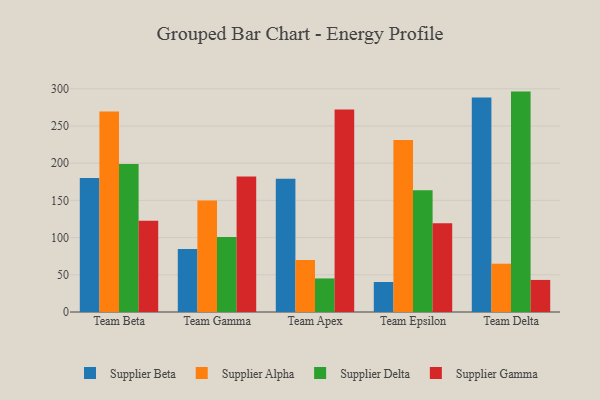
{"axis": {"x": "Team", "y": "Energy Usage (MWh)"}, "legend": ["Supplier Alpha", "Supplier Beta", "Supplier Delta", "Supplier Gamma"], "data": [{"x": "Team Beta", "y": 180.0, "type": "Supplier Beta"}, {"x": "Team Beta", "y": 269.6, "type": "Supplier Alpha"}, {"x": "Team Beta", "y": 198.9, "type": "Supplier Delta"}, {"x": "Team Beta", "y": 122.8, "type": "Supplier Gamma"}, {"x": "Team Gamma", "y": 84.7, "type": "Supplier Beta"}, {"x": "Team Gamma", "y": 150.0, "type": "Supplier Alpha"}, {"x": "Team Gamma", "y": 100.9, "type": "Supplier Delta"}, {"x": "Team Gamma", "y": 182.2, "type": "Supplier Gamma"}, {"x": "Team Apex", "y": 179.0, "type": "Supplier Beta"}, {"x": "Team Apex", "y": 69.8, "type": "Supplier Alpha"}, {"x": "Team Apex", "y": 45.1, "type": "Supplier Delta"}, {"x": "Team Apex", "y": 272.0, "type": "Supplier Gamma"}, {"x": "Team Epsilon", "y": 40.3, "type": "Supplier Beta"}, {"x": "Team Epsilon", "y": 231.3, "type": "Supplier Alpha"}, {"x": "Team Epsilon", "y": 163.6, "type": "Supplier Delta"}, {"x": "Team Epsilon", "y": 119.2, "type": "Supplier Gamma"}, {"x": "Team Delta", "y": 288.2, "type": "Supplier Beta"}, {"x": "Team Delta", "y": 64.9, "type": "Supplier Alpha"}, {"x": "Team Delta", "y": 296.2, "type": "Supplier Delta"}, {"x": "Team Delta", "y": 43.1, "type": "Supplier Gamma"}]}